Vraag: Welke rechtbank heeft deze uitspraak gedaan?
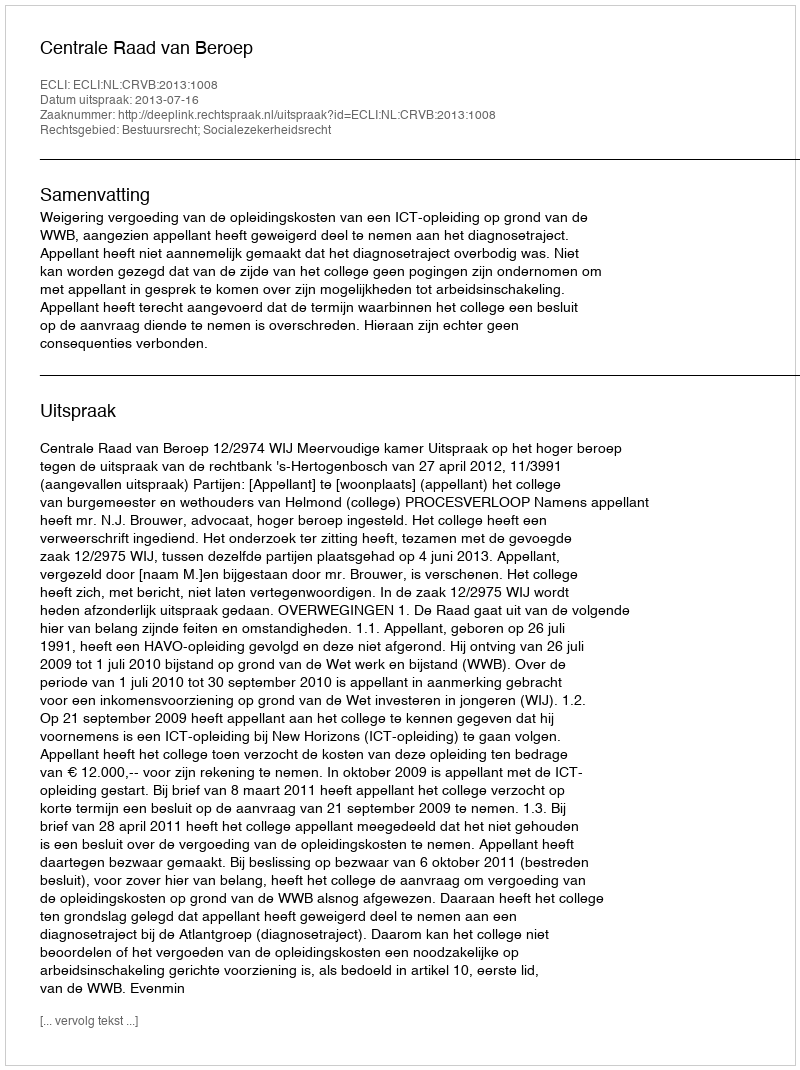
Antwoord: Centrale Raad van Beroep